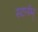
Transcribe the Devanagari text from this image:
स्टर्नम्‌